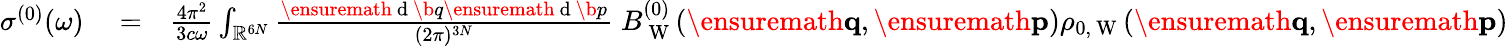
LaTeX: \begin{array}{rlr}{\sigma^{(0)}(\omega)}&{{}=}&{\frac{4\pi^{2}}{3c\omega}\int_{\mathbb{R}^{6N}}\frac{\ensuremath{\mathrm{~d~}}\b{q}\ensuremath{\mathrm{~d~}}\b{p}}{(2\pi)^{3N}}\; B_{\mathrm{~W~}}^{(0)}(\ensuremath{\mathbf{q}},\ensuremath{\mathbf{p}})\rho_{0,\mathrm{~W~}}(\ensuremath{\mathbf{q}},\ensuremath{\mathbf{p}})}\end{array}